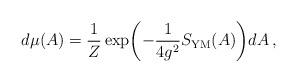
LaTeX: \begin{align*}d\mu(A) = \frac{1}{Z}\exp\biggl(-\frac{1}{4g^2}S_{\mathrm{YM}}(A)\biggr) dA\,,\end{align*}